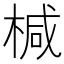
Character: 椷